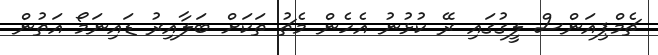
ޗެމްޕިއަންސް ލީގުގައި ރޭ ކުޅުނު އެހެން މެޗު ތަކަށް ބަލާއިރު ޑައިނަމޯ އަތުން